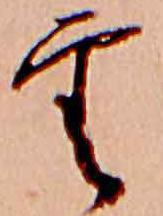
雲